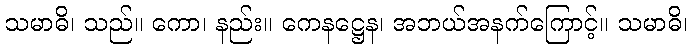
သမာဓိ၊ သည်။ ကော၊ နည်း။ ကေနဋ္ဌေန၊ အဘယ်အနက်ကြောင့်။ သမာဓိ၊